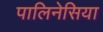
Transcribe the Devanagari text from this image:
पालिनेसिया